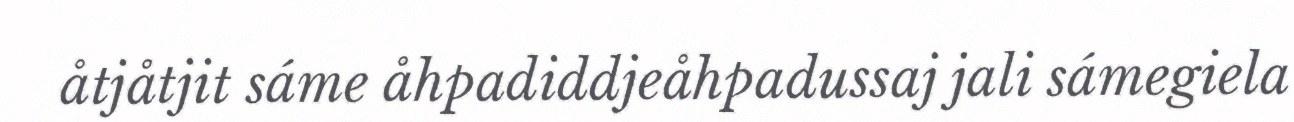
åtjåtjit sáme åhpadiddjeåhpadussaj jali sámegiela